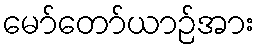
မော်တော်ယာဉ်အား